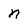
Character: n